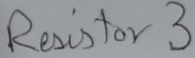
Text: Resistor 3